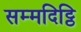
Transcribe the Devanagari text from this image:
सम्मदिट्ठि